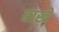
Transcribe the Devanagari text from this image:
बाखे